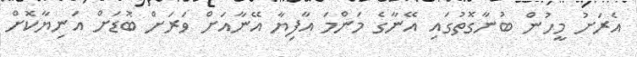
އެރަށު މީހުން ބުނާގޮތުގައި އޭނާގެ މަންމަ އާފިޔާ އޭނާއަށް ވަރަށް ބޮޑަށް އަނިޔާކޮށް